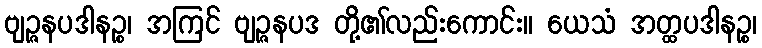
ဗျဉ္ဇနပဒါနဉ္စ၊ အကြင် ဗျဉ္ဇနပဒ တို့၏လည်းကောင်း။ ယေသံ အတ္ထပဒါနဉ္စ၊